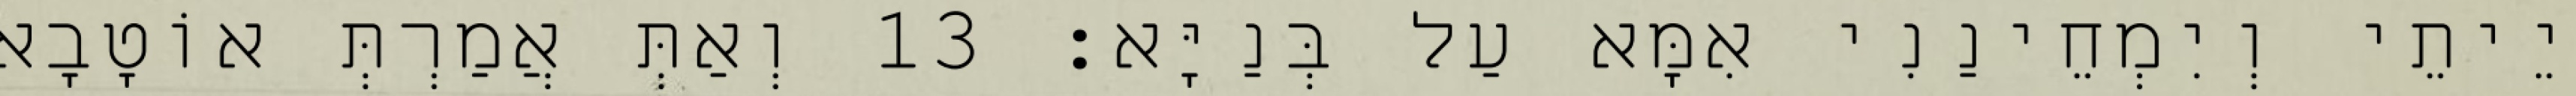
יֵיתֵי וְיִמְחֵינַנִי אִמָּא עַל בְּנַיָּא׃ 13 וְאַתְּ אֲמַרְתְּ אוֹטָבָא